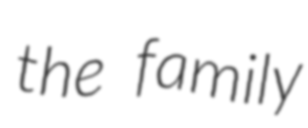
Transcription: the family